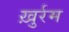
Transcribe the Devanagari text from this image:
ख़ुर्रम